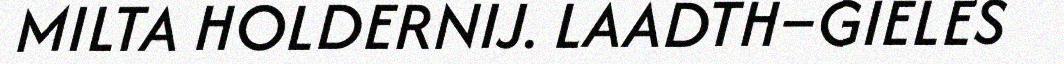
MILTA HOLDERNIJ. LAADTH–GIELES